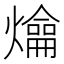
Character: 𤐯